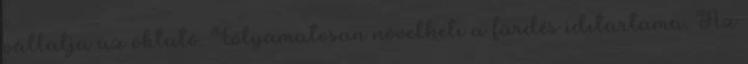
vállalja az oktató. Folyamatosan növelhetı a fürdés idıtartama. Az